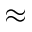
\approx